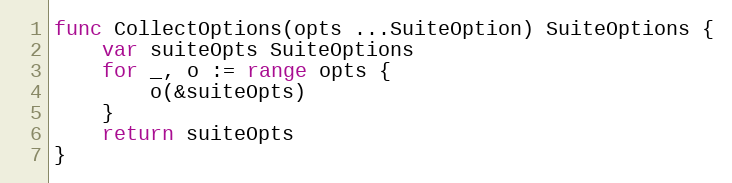
Language: Go
func CollectOptions(opts ...SuiteOption) SuiteOptions {
	var suiteOpts SuiteOptions
	for _, o := range opts {
		o(&suiteOpts)
	}
	return suiteOpts
}